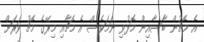
އެ މެޗުން ބާސާއިން މޮޅުވި ނަމަވެސް އެ މެޗާއި މިރޭގެ މެޗު ވަރަށް